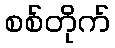
စစ်တိုက်